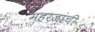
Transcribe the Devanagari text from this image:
महरजांची